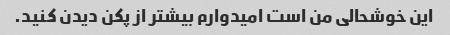
این خوشحالی من است امیدوارم بیشتر از پکن دیدن کنید.